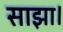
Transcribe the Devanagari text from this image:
साझा।